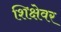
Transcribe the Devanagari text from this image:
शिक्षेवर